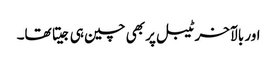
اور بالآخر ٹیبل پر بھی چین ہی جیتا تھا۔